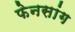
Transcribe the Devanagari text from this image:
फेनसांग